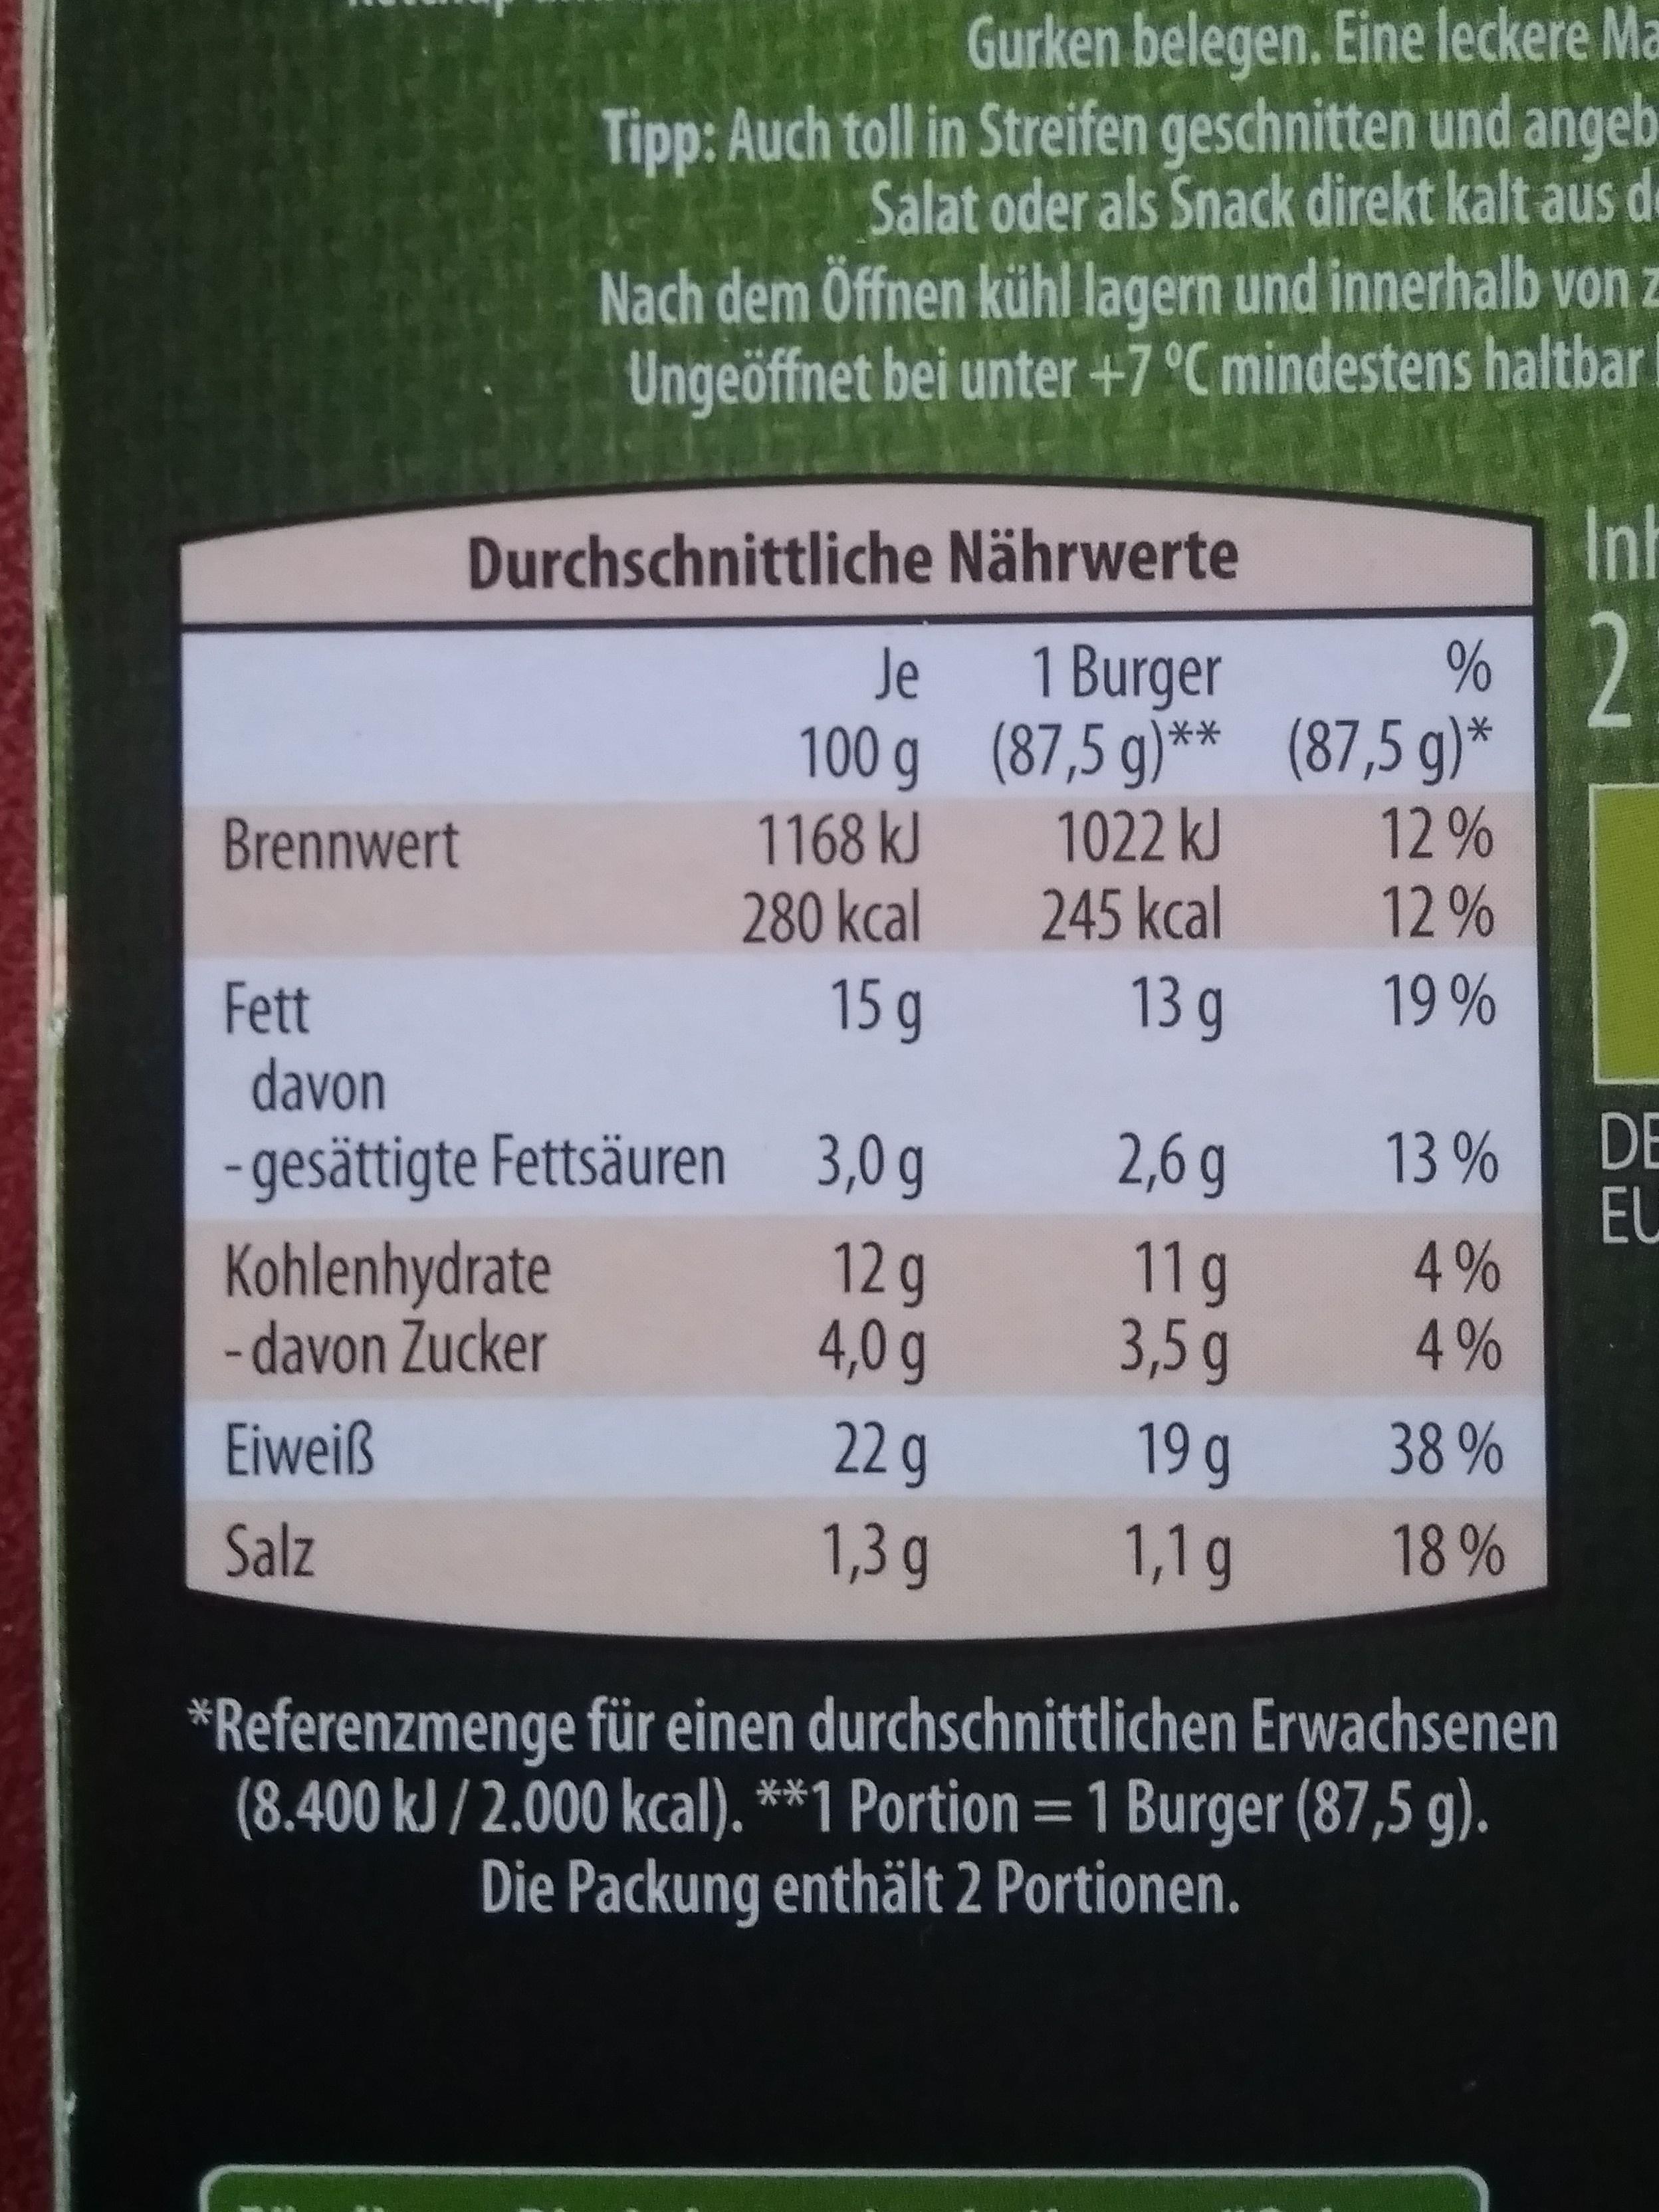
Tipp: Auch toll in Streifen geschnitten und angeb Salat oder als Snack direkt kalt aus de Nach dem Offnen kühl lagern und innerhalb von z Ungeöffnet bei unter +7 °Cmindestens haltbar Inh Durchschnittliche Nährwerte 1 Burger (87,5 g)** 1022 kJ 245 kcal Je (87,5 g)* 100 g 1168 kJ 280 kcal 12% 12 % Brennwert 13 g 19 % 15 g Fett davon DE EL 2,6g 13 % 3,0 g -gesättigte Fettsäuren 12 g 4,0 g Kohlenhydrate -davon Zucker 11 g 3,5 g 4% 4% 22 g 19g Eiweiß 38% Salz 1,3 g 1,1 g 18% Referenzmenge für einen durchschnittlichen Erwachsenen (8.400 kJ/2.000 kcal). **1 Portion = 1 Burger (87,5 g). Die Packung enthält 2 Portionen. E2